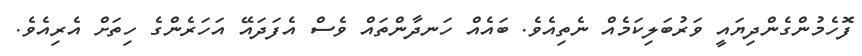
ފޮހެމުންގެންދިޔައީ ވަރުބަލިކަމެއް ނެތިއެވެ. ބައެއް ހަނދާންތައް ވެސް އެފަދައޭ އަހަރެންގެ ހިތަށް އެރިއެވެ.